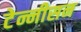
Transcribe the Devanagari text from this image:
टेन्नीसन